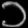
Digit: ၁